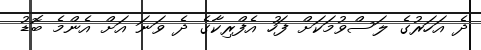
ދެ އަހަރުގެ ލަސްވުމަކަށް ފަހު އެފްރިކާގެ ދެ ވަނަ އަށް އެންމެ ބޮޑު